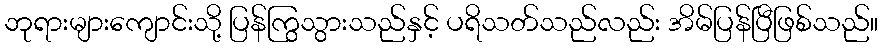
ဘုရားများကျောင်းသို့ ပြန်ကြွသွားသည်နှင့် ပရိသတ်သည်လည်း အိမ်ပြန်ပြီဖြစ်သည်။